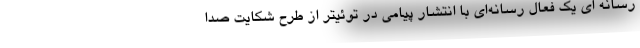
رسانه ای یک فعال رسانه‌ای با انتشار پیامی در توئیتر از طرح شکایت صدا